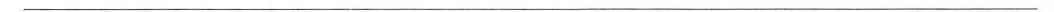
___